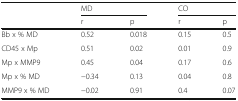
<table><thead><tr><td></td><td colspan="2"><b>MD</b></td><td colspan="2"><b>CO</b></td></tr><tr><td></td><td><b>r</b></td><td><b>p</b></td><td><b>r</b></td><td><b>p</b></td></tr></thead><tbody><tr><td>Bb x % MD</td><td>0.52</td><td>0.018</td><td>0.15</td><td>0.5</td></tr><tr><td>CD45 x Mp</td><td>0.51</td><td>0.02</td><td>0.01</td><td>0.9</td></tr><tr><td>Mp x MMP9</td><td>0.45</td><td>0.04</td><td>0.17</td><td>0.6</td></tr><tr><td>Mp x % MD</td><td>−0.34</td><td>0.13</td><td>0.04</td><td>0.8</td></tr><tr><td>MMP9 x % MD</td><td>−0.02</td><td>0.91</td><td>0.4</td><td>0.07</td></tr></tbody></table>